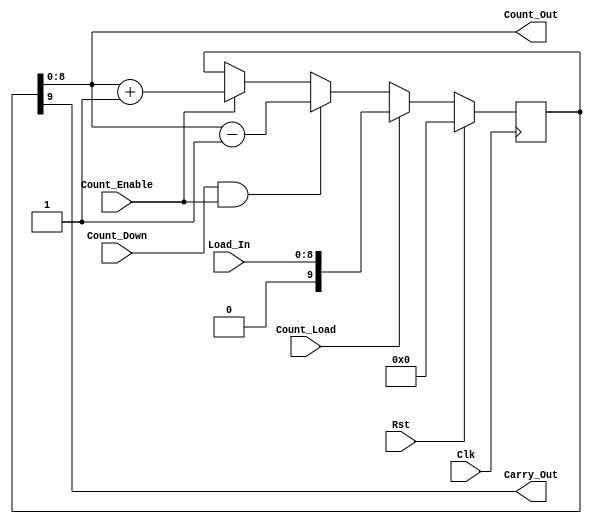
module counter_f (Clk, Rst, Load_In, Count_Enable, Count_Load, Count_Down, 
Count_Out, Carry_Out);
parameter C_NUM_BITS  = 9;
parameter C_FAMILY  = "nofamily";
input Clk; 
input Rst; 
input[C_NUM_BITS - 1:0] Load_In; 
input Count_Enable; 
input Count_Load; 
input Count_Down; 
output[C_NUM_BITS - 1:0] Count_Out; 
wire[C_NUM_BITS - 1:0] Count_Out;
output Carry_Out; 
wire Carry_Out;
reg[C_NUM_BITS:0] icount_out; 
wire[C_NUM_BITS:0] icount_out_x; 
wire[C_NUM_BITS:0] load_in_x; 
assign load_in_x = {1'b0, Load_In};
assign icount_out_x = {1'b0, icount_out[C_NUM_BITS - 1:0]};
always @(posedge Clk)
begin : CNTR_PROC
   if (Rst == 1'b1)
   begin
      icount_out <= {C_NUM_BITS-(0)+1{1'b0}} ; 
   end
   else if (Count_Load == 1'b1)
   begin
      icount_out <= load_in_x ; 
   end
   else if (Count_Down == 1'b1 & Count_Enable == 1'b1)
   begin
      icount_out <= icount_out_x - 1 ; 
   end
   else if (Count_Enable == 1'b1)
   begin
      icount_out <= icount_out_x + 1 ; 
   end  
end 
assign Carry_Out = icount_out[C_NUM_BITS] ;
assign Count_Out = icount_out[C_NUM_BITS - 1:0];
endmodule